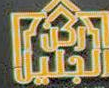
陶